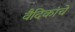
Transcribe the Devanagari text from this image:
वैदिकांचे